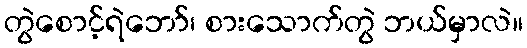
တွဲစောင့်ရဲဘော်၊ စားသောက်တွဲ ဘယ်မှာလဲ။